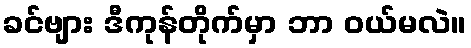
ခင်ဗျား ဒီကုန်တိုက်မှာ ဘာ ဝယ်မလဲ။